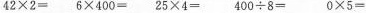
$$4 2 \times 2 =$$ $$6 \times 4 0 0 =$$ $$2 5 \times 4 =$$ $$4 0 0 \div 8 =$$ $$0 \times 5 =$$